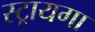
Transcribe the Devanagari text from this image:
स्ट्रायगा